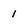
Character: 1